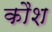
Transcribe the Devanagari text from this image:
कौश